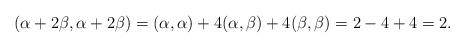
LaTeX: \begin{align*} (\alpha+2\beta, \alpha+2\beta) = (\alpha, \alpha) + 4(\alpha,\beta) + 4(\beta, \beta) = 2 - 4 + 4 = 2.\end{align*}